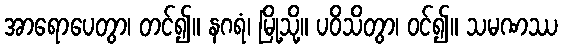
အာရောပေတွာ၊ တင်၍။ နဂရံ၊ မြို့သို့။ ပဝိသိတွာ၊ ဝင်၍။ သမဏဿ